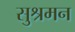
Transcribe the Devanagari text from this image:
सुश्रमन